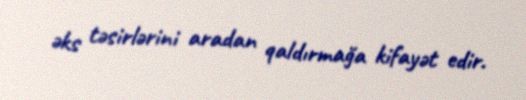
əks təsirlərini aradan qaldırmağa kifayət edir.